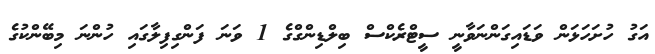
އަގު ހުށަހަޅަން ވަޑައިގަންނަވާނީ ސީޓްރެކްސް ބިލްޑިންގްގެ 1 ވަނަ ފަންގިފިލާގައި ހުންނަ މިބޭންކުގެ